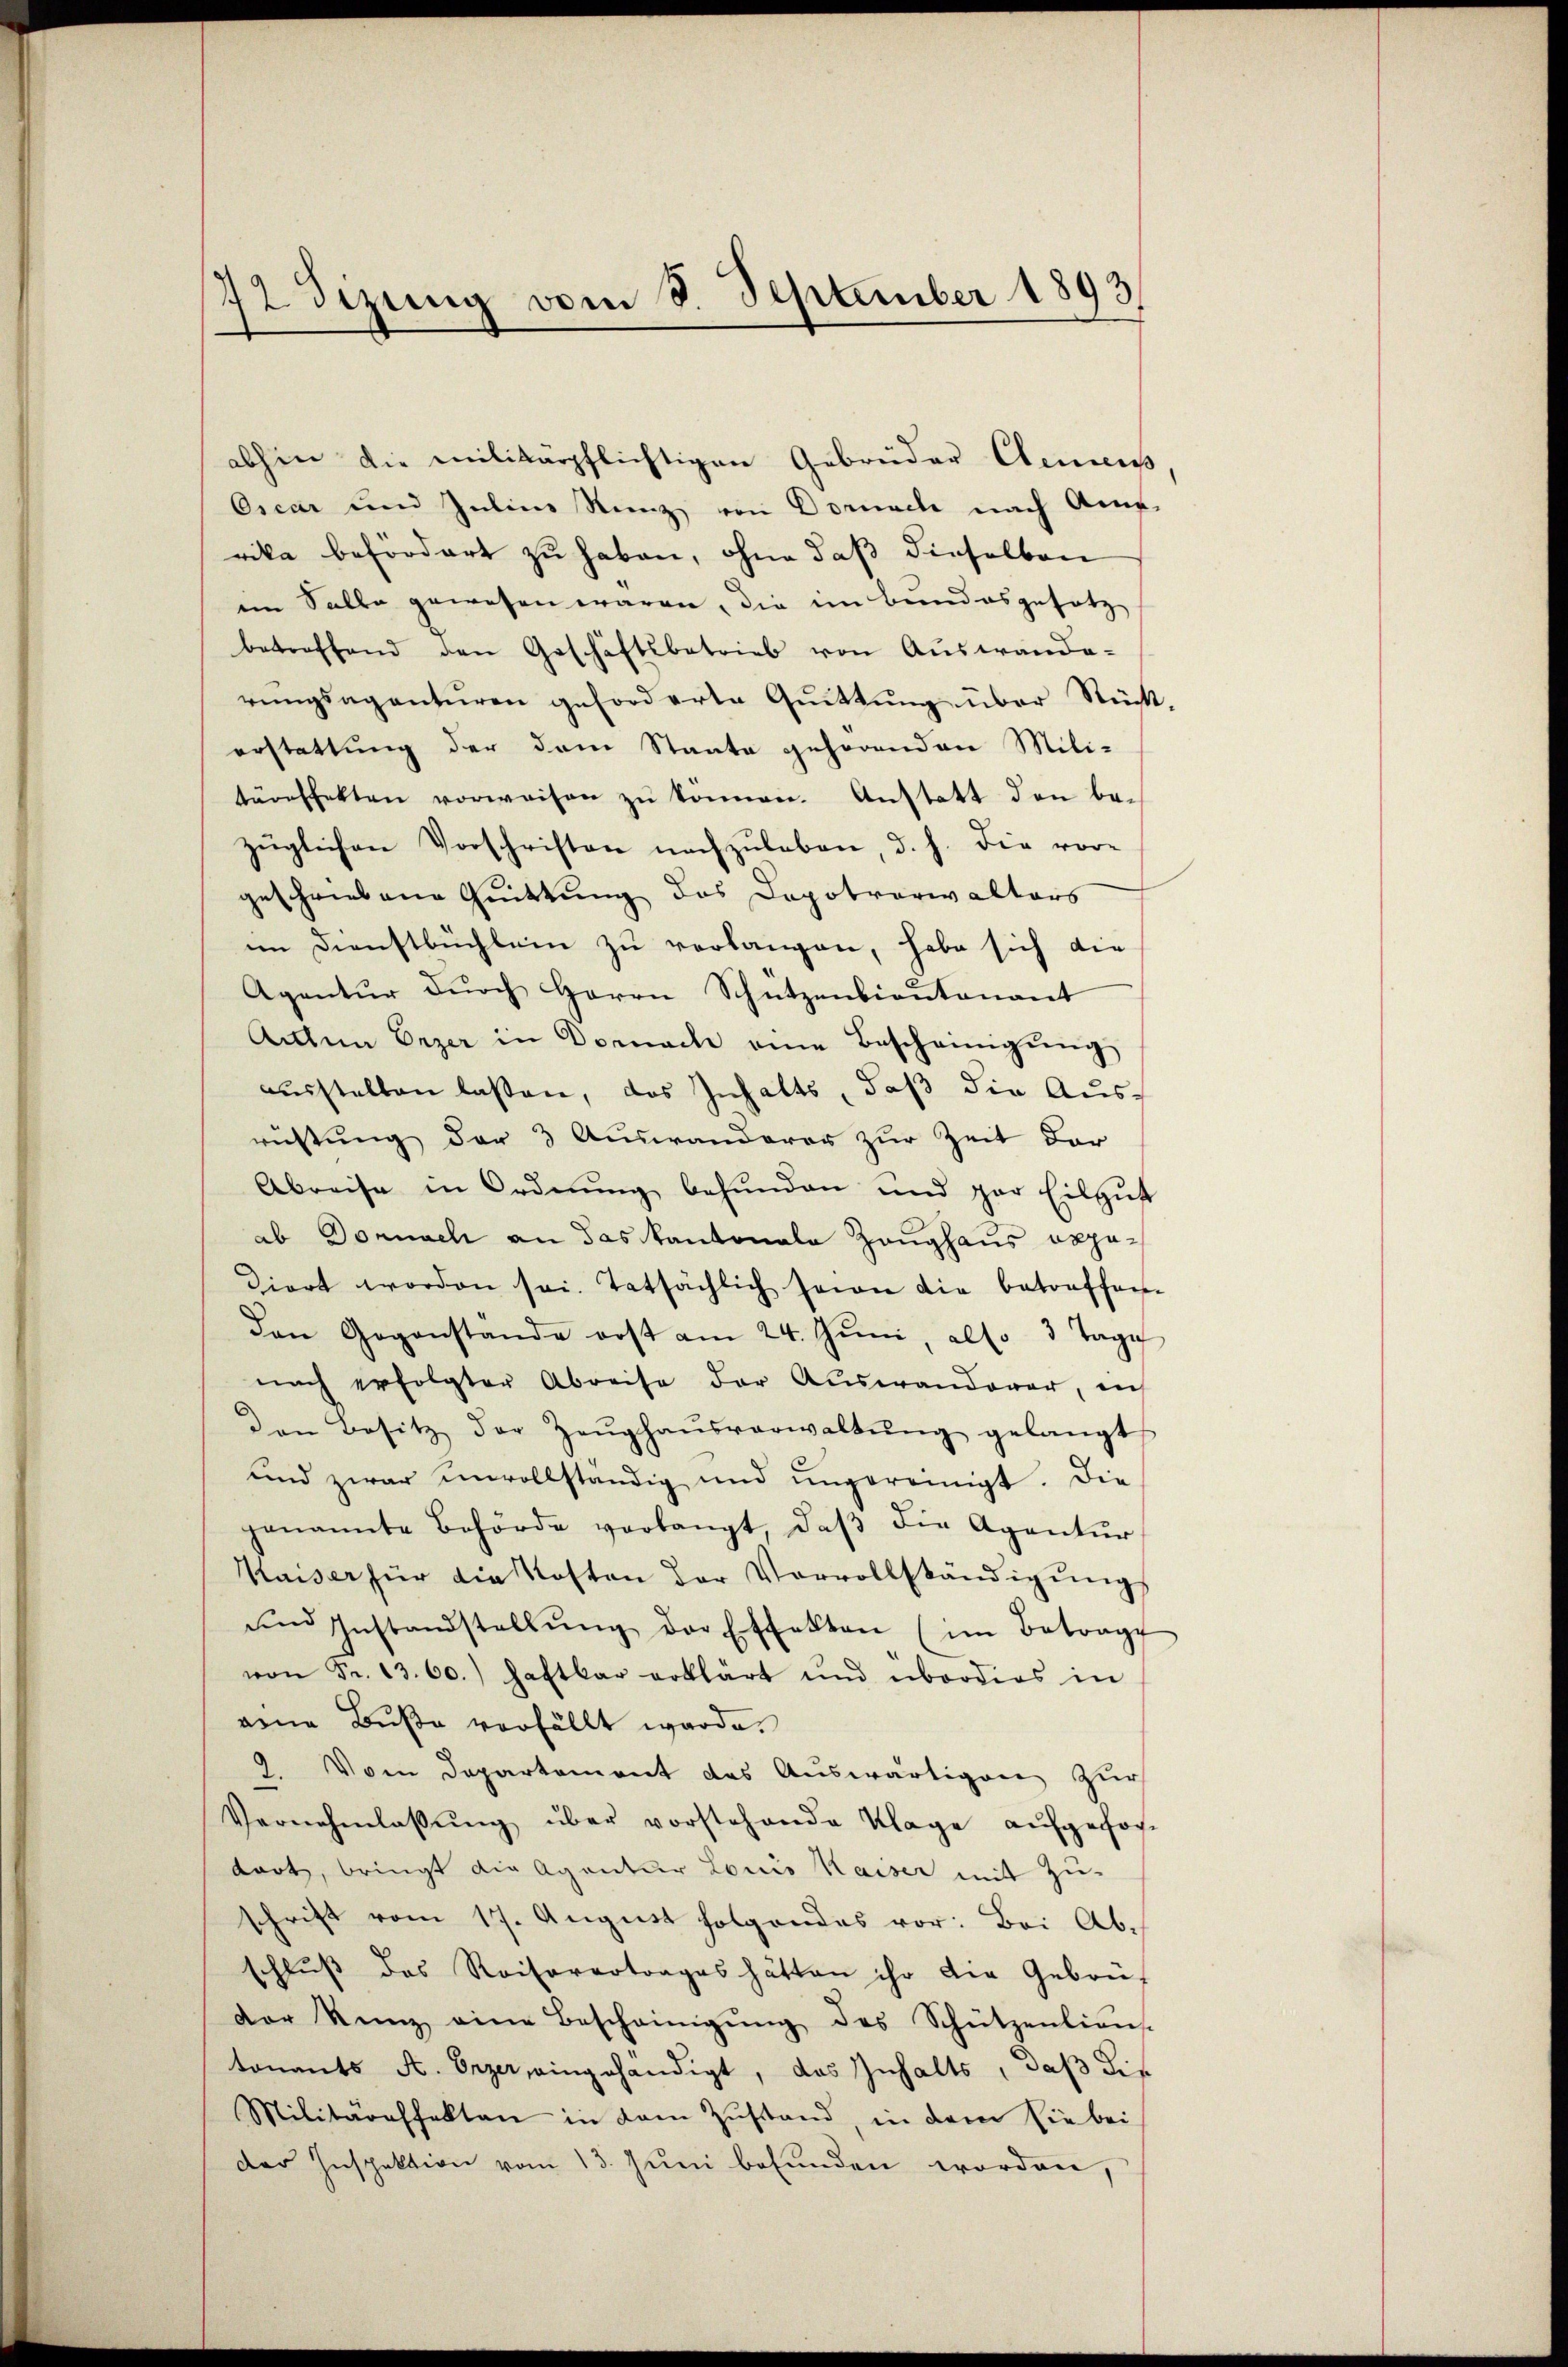
72 Sizung vom 8. September 1893.

abhin die militärpflichtigen Gebrüder Clemens
Oscar und Julius Stanz von Dornach nach Ame-
rika befördert zu haben, ohne daß dieselben
im Salbe gewesen wären, die im Bundesgesetz
betroffend den Geschäftsbetrieb von Aŭswande-
rŭngsaganturen geforderte Guittung über Stück,
erstattung der dem Staate gehörenden Mili-
täreffekten vorweisen zŭ können. Anstatt den be-
züglichen Vorschriften nachzŭleben, d. h. die vor-
geschriebene Quittung des Dopotverwalters
im Dienstbüchlein zu verlangen, habe sich die
Agentŭr dŭrch Herrn Schützenbieŭtenant
Aulnn Erzer in Dornach eine Bescheinigŭng
ausstellen lassen, das Inhalts, daß die Ausrüstung der 3 Auswanderer zur Zeit der
Abreise in Ordnŭng befŭnden und par Eilgŭt
ab Dornach an das Kantonale Zeughaus appadiert worden sei. Tatsächlich sein die betreffen
den Gegenstande erst am 24. Jŭni, also 3 Tage
nach erfolgter Abreise der Auswanderer, in
den Besitz der Zeŭghaŭsverwaltŭng gelangt
und zwar unvollständig und ŭngereinigt. Die
genannte Behörde verlangt, daβ die Agentŭr
Kaiser für die Kosten der Vervollständigungs
ŭm Instandstellŭng der Effekten (im Betrag
von Fr. 13. 60.) haftbar erklärt und überdies in
aine Buße verfällt werde.
2. Vom Departement das Auswärtigen zur
Vernehmlassŭng über vorstehende Klage aufgefochart, bringt die Agentur Louis Kaiser mit Zu-
schrift vom 17. August folgendes vor: Bei Abschluß das Reisevertrages hätten ihr die Gebrüdor Kunz eine Bescheinigŭng des Schützenliens-
tonents A. Erzer, eingehändigt, das Inhalts, daß die
Militäraffekten in dem Zustand, in dem sie bei
der Inspektion vom 13. Juni befunden worden,